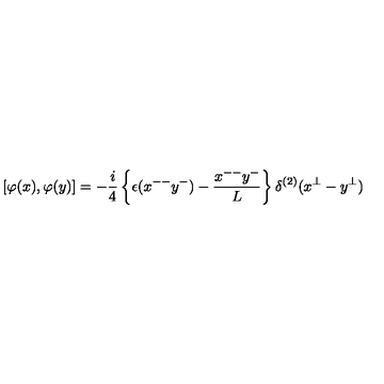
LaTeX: \left[ \varphi ( x ) , \varphi ( y ) \right] = - { \frac { i } { 4 } } \left\{ \epsilon ( x ^ { -- } y ^ { - } ) - { \frac { x ^ { -- } y ^ { - } } { L } } \right\} \delta ^ { ( 2 ) } ( x ^ { \bot } - y ^ { \bot } ) \quad